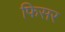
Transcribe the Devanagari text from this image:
फिसर